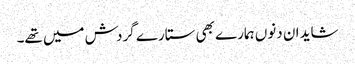
شاید ان دنوں ہمارے بھی ستارے گردش میں تھے۔